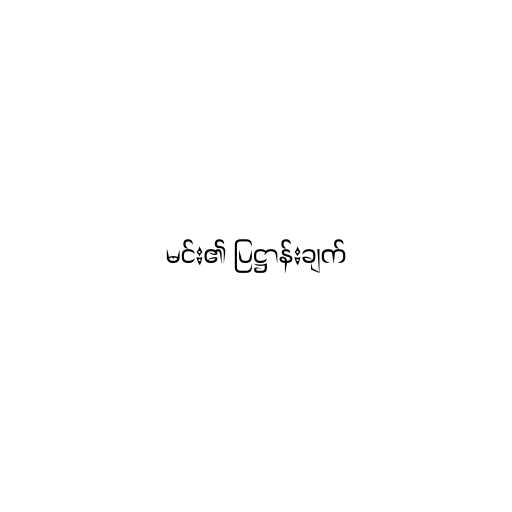
မင်း၏ ပြဋ္ဌာန်းချက်